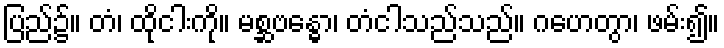
ပြည်၌။ တံ၊ ထိုငါးကို။ မစ္ဆဗန္ဓော၊ တံငါသည်သည်။ ဂဟေတွာ၊ ဖမ်း၍။